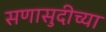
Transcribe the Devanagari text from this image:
सणासुदीच्या